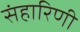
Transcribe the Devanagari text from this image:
संहारिणी